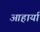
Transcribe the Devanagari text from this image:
आहार्या